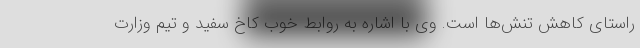
راستای کاهش تنش‌ها است. وی با اشاره به روابط خوب کاخ سفید و تیم وزارت